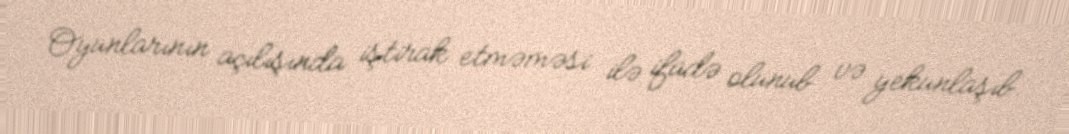
Oyunlarının açılışında iştirak etməməsi ilə ifadə olunub və yekunlaşıb.